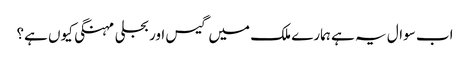
اب سوال یہ ہے ہمارے ملک میں گیس اور بجلی مہنگی کیوں ہے؟